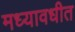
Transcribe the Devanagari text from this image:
मध्यावधीत